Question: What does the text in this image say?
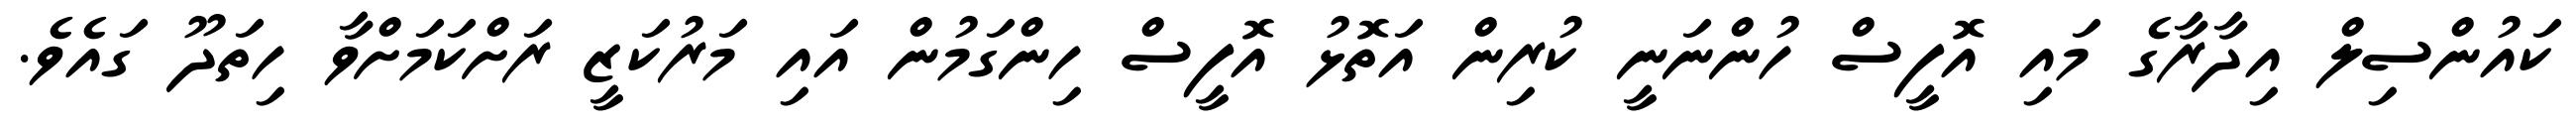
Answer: ކައުންސިލް އިދާރާގެ މައި އޮފީސް ހުންނަނީ ކުރިން އަތޮޅު އޮފީސް ހިންގަމުން އައި މަރުކަޒީ ރަށްކަމަށްވާ ހިތަދޫ ގައެވެ.